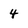
Character: 4